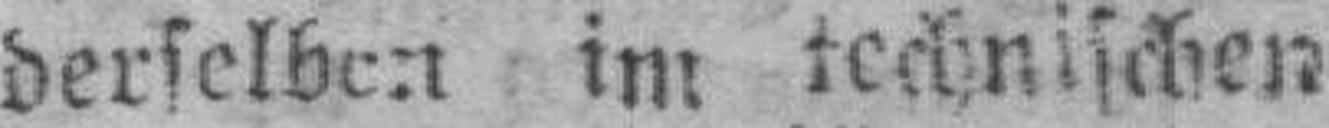
derselben im technischen